Lunatic asylums Bombay report 1891-1903 - 1891-1903
Year: 1891
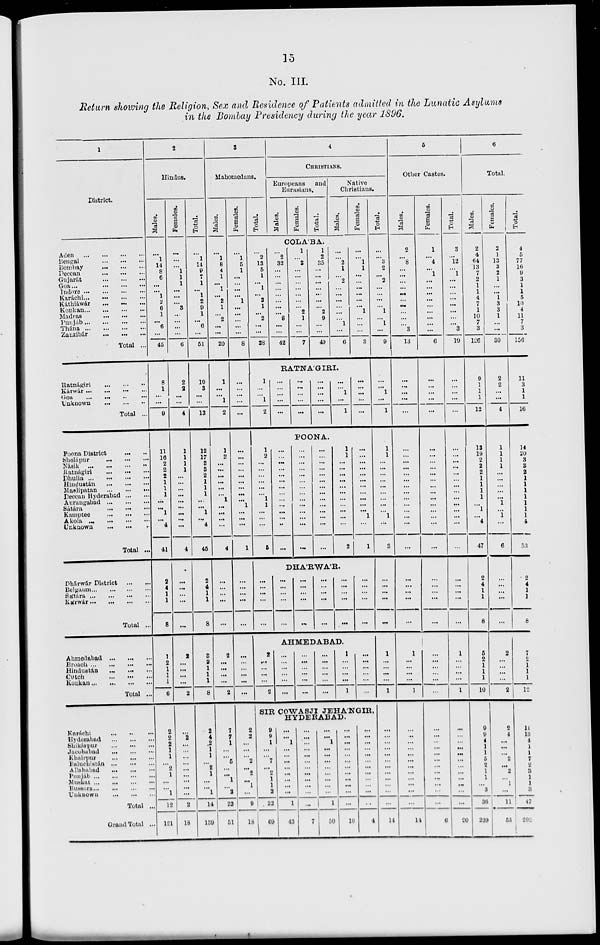
15
No. III.
Return showing the Religion, Sex and Residence of Patients admitted in the Lunatic Asylums
in the Bombay Presidency during the year 1896.
1
District.
Aden ... ... ... ...
Bengal ... ... ...
Bombay ... ... ...
Deccan
...
...
...
Gujarát
...
...
...
Goa ... ... ... ...
Indore
...
...
...
...
Karáchi ... ... ... ...
Káthiáwár ... ... ...
Konkan ... ... ... ...
Madras
...
...
...
Punjab
...
...
...
...
Thána
...
...
...
...
Zanzibár ... ... ...
Total ...
Ratnágiri ... ... ...
Kárwár ... ... ... ...
Goa ... ... ... ...
Unknown ... ... ...
Total ...
Poona District
...
...
Sholápur ... ... ...
Násik
...
...
...
...
Ratnágiri
...
...
...
Dhulia
...
...
...
...
Hindustán
...
...
...
Maslipatan
...
...
...
Deccan Hyderabad ... ...
Aurangabad
...
...
...
Sátára
...
...
...
Kamptee ... ... ...
Akola
...
...
...
...
Unknown
...
...
...
Total ...
Dhárwár District
...
...
Belgaum ... ... ... ...
Sátára
...
...
...
...
Kárwár
...
...
...
...
Total ...
Ahmedabad ... ... ...
Broach
...
...
...
...
Hindustán ... ... ... ...
Cutch ... ... ...
Konkan
...
...
...
...
Total ...
Karáchi ... ... ...
Hyderabad
...
...
...
Shikárpur ... ... ...
Jacobabad ... ... ...
Khairpur
...
...
...
Baluchistán
...
...
...
Allahabad ... ... ...
Punjáb
...
...
...
...
Muskat
...
...
...
...
Bussora ... ... ... ...
Unknown ... ... ...
Total ..
Grand Total ..
2
Hindus.
Males.
...
1
14
8
6
...
...
1
2
6
1
...
6
...
45
8
1
...
...
9
11
16
2
2
2
1
1
1
...
...
1
...
4
41
2
4
1
1
8
1
2
1
1
1
6
2
2
2
1
1
...
2
1
...
... 1
12
121
Females.
...
...
...
1
1
1
...
...
... 3
...
...
...
...
6
2
2
...
...
4
1
1
1
1
...
...
...
...
...
...
...
...
...
4
...
...
...
...
...
2
...
...
...
...
2
...
2
...
...
...
...
...
...
...
...
...
2
18
Total.
...
1
14
9
7
1
...
1
2
9
1
...
6
...
51
10
3
...
...
13
12
17
3
3
2
1
1
1
...
...
1
... 4
45
2
4
1
1
8
3
2
1
1
1
8
2
4
2
1
1
...
2
1
...
... 1
14
139
3
Mahomedans.
Males.
...
1
8
4
1
...
1
...
2
1
...
2
...
...
20
1
...
... 1
2
1
2
...
...
...
...
...
...
1
...
...
...
...
4
...
...
...
...
...
2
...
...
...
...
2
7
7
1
...
...
5
...
...
1
...
2
23
51
Females.
...
1
5
1
...
...
...
...
1
...
...
...
...
...
8
...
...
...
...
...
...
...
...
...
...
...
...
...
...
1
...
...
...
1
...
...
...
...
...
...
...
...
...
...
...
2
2
...
...
...
2
...
2
...
1
...
9
18
Total.
4
CHRISTIANS.
Europeans and
Eurasians.
Males.
Females.
Total.
Native
Christians.
Males.
Females.
COLA'BA.
...
2
13
5
1
...
1
...
3
1
...
2
...
...
28
1
...
...
1
2
...
2
32
...
...
...
...
...
...
...
...
8
...
...
42
1
...
3
...
...
...
...
...
...
...
2
1
...
...
7
1
2
35
...
...
...
...
...
...
...
2
9
...
...
49
...
...
2
1
...
2
...
...
...
...
...
...
1
...
6
...
...
1
1
...
...
...
...
...
...
1
...
...
...
3
RATNA'GIRI.
...
...
...
...
...
...
...
...
...
...
...
...
...
...
...
...
...
1
...
1
...
...
...
...
...
POONA.
1
2
...
...
...
...
...
...
1
1
...
...
...
5
...
...
...
...
...
...
...
...
...
...
...
...
...
...
...
...
...
...
...
...
...
...
...
...
...
...
...
...
...
...
...
...
...
...
...
...
...
...
...
...
...
...
1
1
...
...
...
...
...
...
...
...
...
...
...
2
...
...
...
...
...
...
...
...
...
...
...
1
...
1
DHA'RWA'R.
...
...
...
...
...
...
...
...
...
...
...
...
...
...
...
...
...
...
...
...
...
...
...
...
...
...
...
...
...
...
AHMEDABAD.
2
...
...
...
...
2
...
...
...
...
...
...
...
...
...
...
...
...
...
...
...
...
...
...
1
...
...
...
...
1
...
...
...
...
...
...
SIR COWASJI JEHA'NGIR,
HYDERABAD.
9
9
1
...
...
7
...
2
1
1
2
32
69
...
...
1
...
...
...
...
...
...
...
...
1
43
...
...
...
...
...
...
...
...
...
...
...
...
7
...
...
1
...
...
...
...
...
...
...
...
1
50
...
...
...
...
...
...
...
...
...
...
...
...
10
...
...
...
...
...
...
...
...
...
...
...
...
4
Total.
...
...
3
2
...
2
...
...
...
...
1
...
1
...
9
...
...
1
...
1
1
1
...
...
...
...
...
...
...
...
...
1
...
3
...
...
...
...
...
1
...
...
...
...
1
...
...
...
...
...
...
...
...
...
...
...
...
14
5
Other Castes.
Males.
2
...
8
...
...
...
...
...
...
...
...
...
... 3
13
...
...
...
...
...
...
...
...
...
...
...
...
...
...
...
...
...
...
...
...
...
...
...
...
1
...
...
...
...
1
...
...
...
...
...
...
...
...
...
...
...
...
11
Females.
1
...
4
...
1
...
...
...
...
...
...
...
...
...
6
...
...
...
...
...
...
...
...
...
...
...
...
...
...
...
...
...
...
...
...
...
...
...
...
...
...
...
...
...
...
...
...
...
...
...
...
...
...
...
...
...
...
6
Total.
3
...
12
...
1
...
...
...
...
...
...
...
...
3
19
...
...
...
...
...
...
...
...
...
...
...
...
...
...
...
...
...
...
...
...
...
...
...
...
1
...
...
...
...
1
...
...
...
...
...
...
...
...
...
...
...
...
20
6
Total.
Males.
2
4
64
13
7
2
1
1
4
7
1
10
7
3
126
9
1
1
1
12
13
19
2
2
2
1
1
1
1
...
1
...
4
47
2
4
1
1
8
5
2
1
1
1
10
9
9
4
1
1
5
2
1
1
...
3
36
239
Females.
2
1
13
3
2
1
...
...
1
3
3
1
...
...
30
2
2
...
...
4
1
1
1
1
...
...
...
...
...
1
...
1
...
6
...
...
...
...
...
2
...
...
...
...
2
2
4
...
...
...
2
...
2
...
1
...
11
53
Total.
4
5
77
16
9
3
1
1
5
10
4
11
7
3
156
11
3
1
1
16
14
20
3
3
2
1
1
1
1
1
1
1
4
53
2
4
1
1
8
7
2
1
1
1
12
11
13
4
1
1
7
2
3
1
1
3
47
292